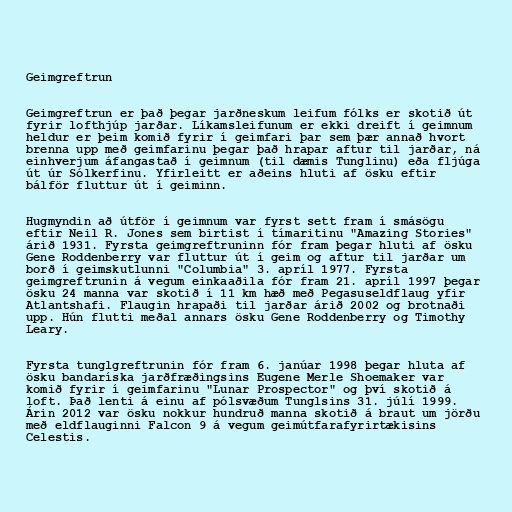
Geimgreftrun

Geimgreftrun er það þegar jarðneskum leifum fólks er skotið út
fyrir lofthjúp jarðar. Líkamsleifunum er ekki dreift í geimnum
heldur er þeim komið fyrir í geimfari þar sem þær annað hvort
brenna upp með geimfarinu þegar það hrapar aftur til jarðar, ná
einhverjum áfangastað í geimnum (til dæmis Tunglinu) eða fljúga
út úr Sólkerfinu. Yfirleitt er aðeins hluti af ösku eftir
bálför fluttur út í geiminn.

Hugmyndin að útför í geimnum var fyrst sett fram í smásögu
eftir Neil R. Jones sem birtist í tímaritinu "Amazing Stories"
árið 1931. Fyrsta geimgreftruninn fór fram þegar hluti af ösku
Gene Roddenberry var fluttur út í geim og aftur til jarðar um
borð í geimskutlunni "Columbia" 3. apríl 1977. Fyrsta
geimgreftrunin á vegum einkaaðila fór fram 21. apríl 1997 þegar
ösku 24 manna var skotið í 11 km hæð með Pegasuseldflaug yfir
Atlantshafi. Flaugin hrapaði til jarðar árið 2002 og brotnaði
upp. Hún flutti meðal annars ösku Gene Roddenberry og Timothy
Leary.

Fyrsta tunglgreftrunin fór fram 6. janúar 1998 þegar hluta af
ösku bandaríska jarðfræðingsins Eugene Merle Shoemaker var
komið fyrir í geimfarinu "Lunar Prospector" og því skotið á
loft. Það lenti á einu af pólsvæðum Tunglsins 31. júlí 1999.
Árin 2012 var ösku nokkur hundruð manna skotið á braut um jörðu
með eldflauginni Falcon 9 á vegum geimútfarafyrirtækisins
Celestis.